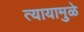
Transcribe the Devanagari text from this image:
त्यायामुळे